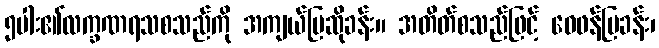
၅ပါး၏လက္ခဏရသစသည်ကို အကျယ်ပြဆိုခန်း။ အတိတ်စသည်ဖြင့် ဝေဖန်ပြခန်း၊